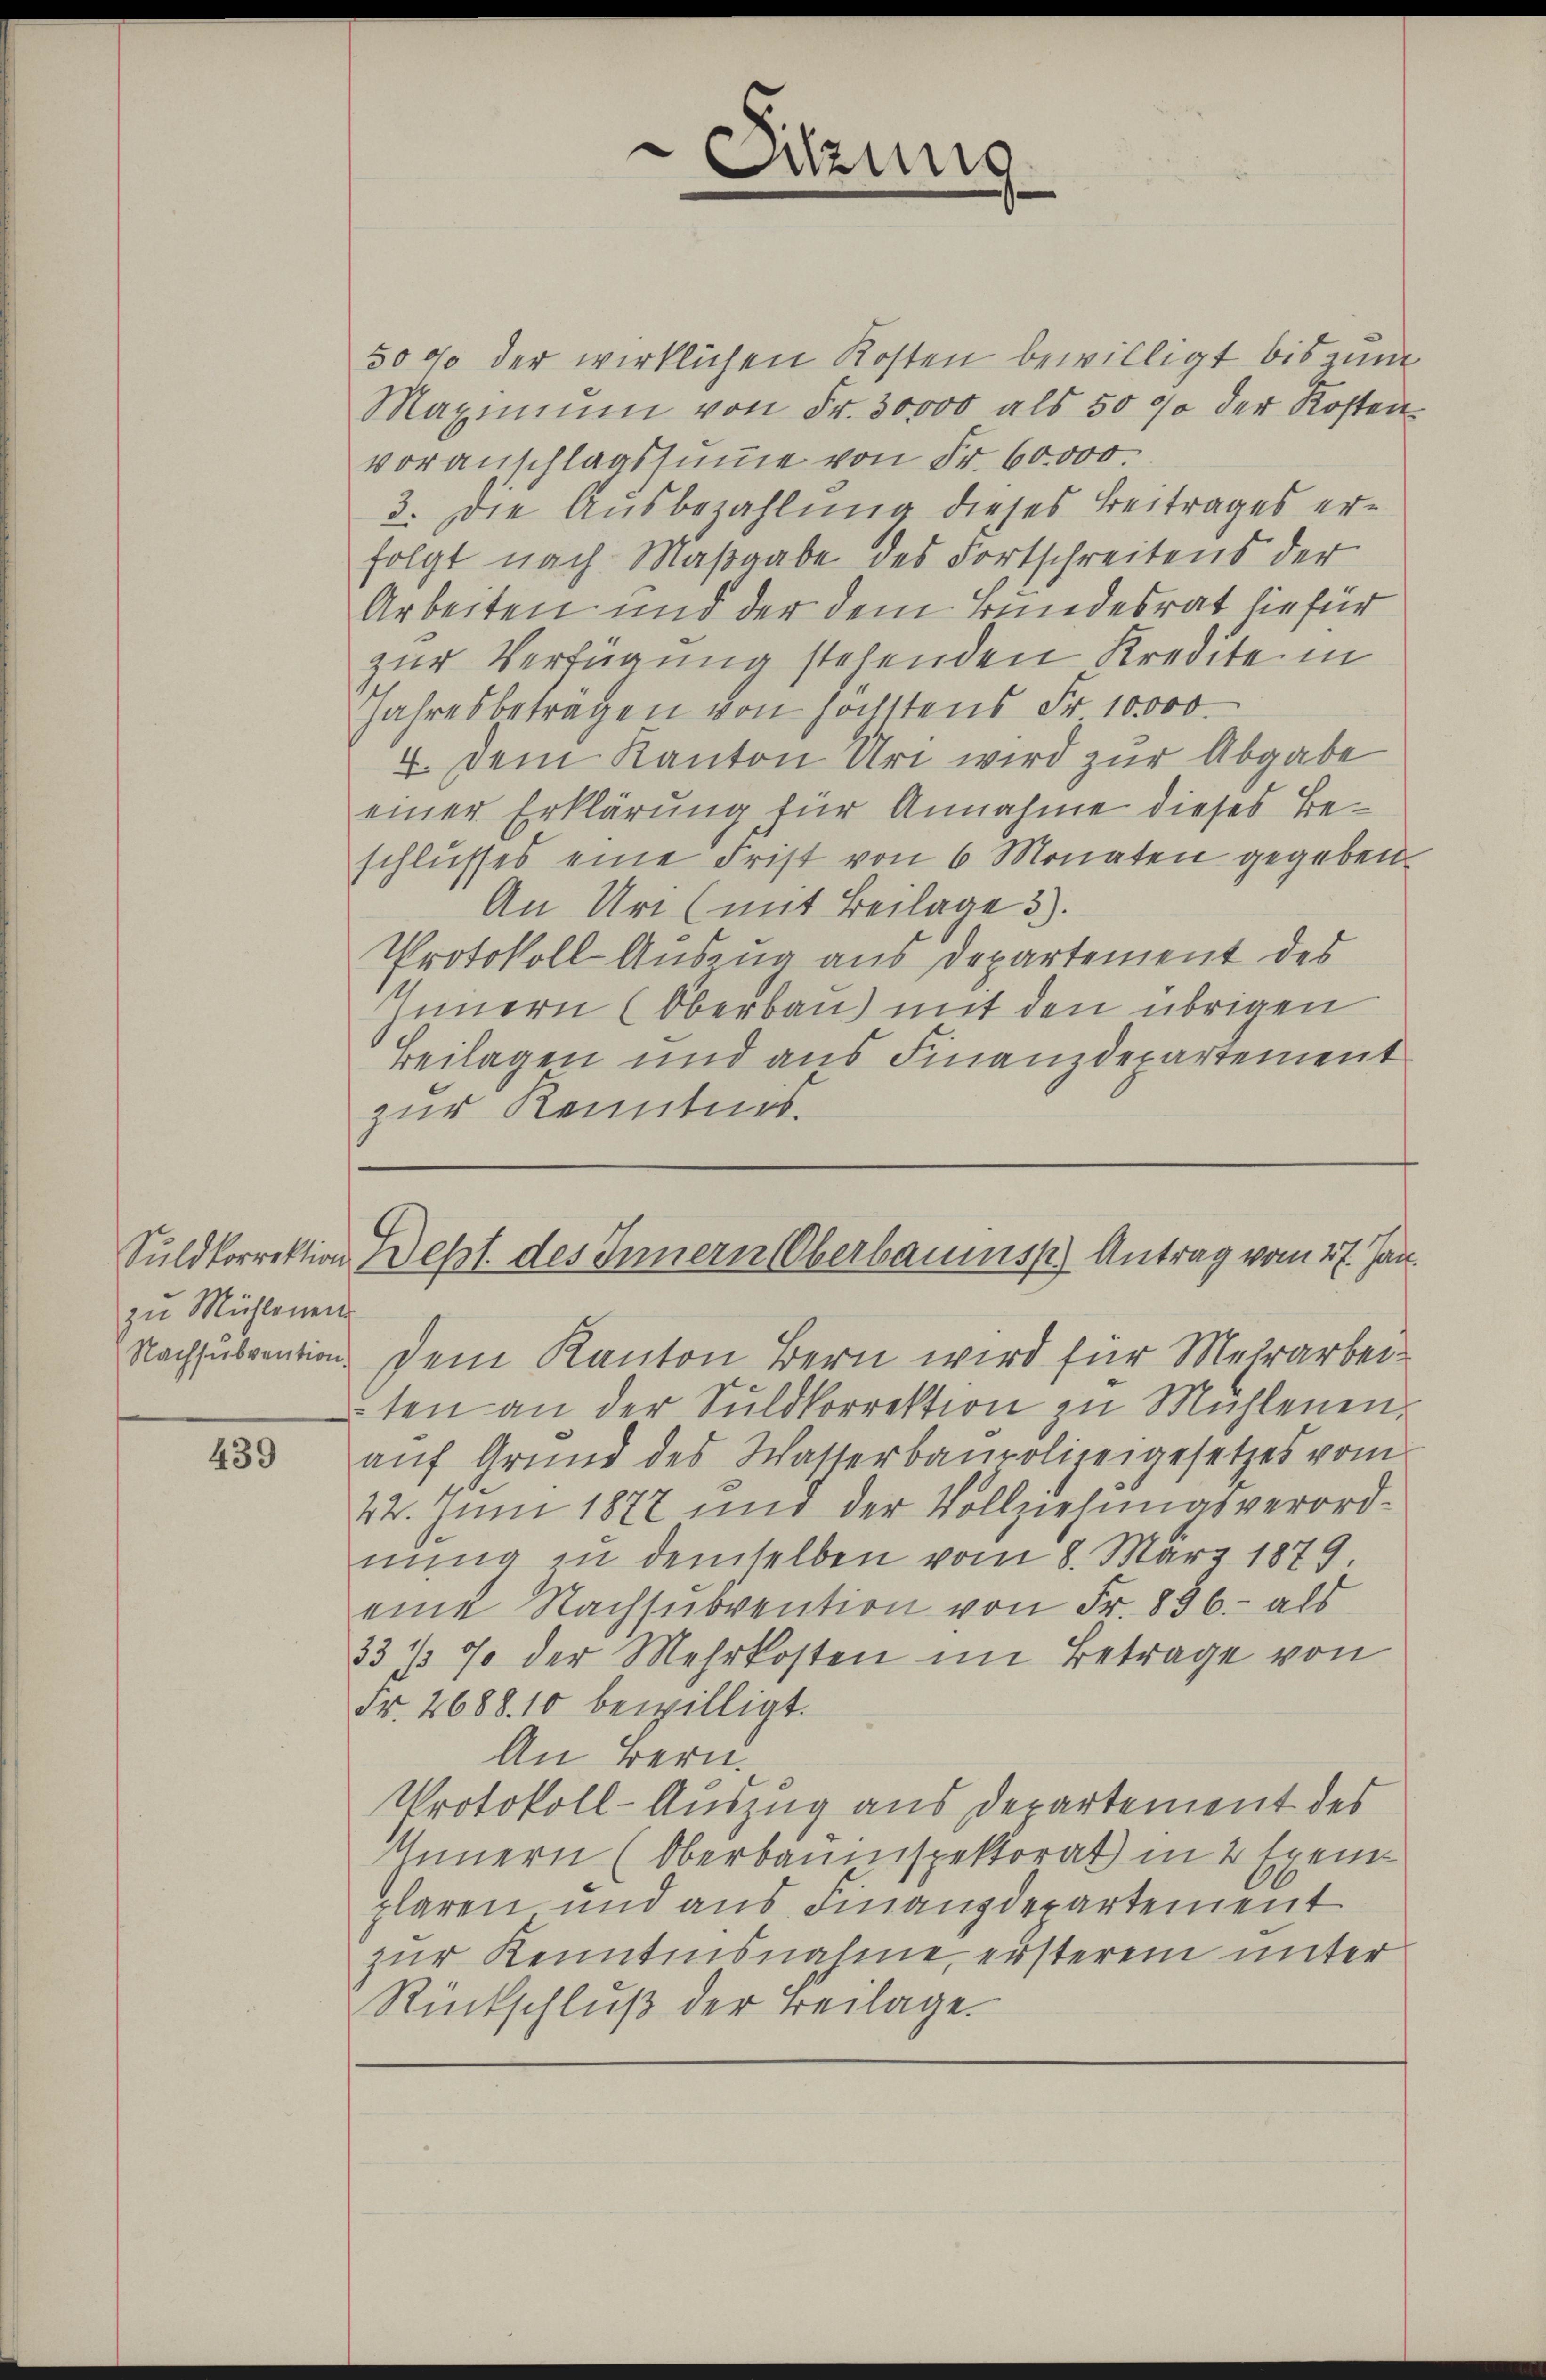
Suldkorrektion
zu Mühlenen

439

5000 der wirklichen Kosten bewilligt bis nun
Maximŭm von Fr. 30000 als 50 % der Kosten
voranschlagssumme von Fr. 60000.
3. Die Ausbezahlung dieses Beitrages erfolgt nach Maßgabe des Fortschreitens der
Arbeiten und der dem Bundesrat hiefür
zur Verfügung stehenden Kredite in
Jahresbetragen von höchstens Fr. 10000.
4. Dem Kanton Uri wird zur Abgabe
einer Erklärung für Annahme dieses Beschlusses eine Frist von 6 Monaten gegeben.
An Uri (mit Beilage 3).
Protokoll Auszug aus Departement des
Innern (Oberbau) mit den übrigen
Beilagen und aus Finanzdepartement
zur Kenntnis.
Dept des Innern Oberbaums) Antrag vom 27. Jan.
Nachsubvention dem Kanton Bern wird für Mehrarbeiten an der Sŭldkorrektion zu Mühlenen
aŭf Grŭnd des Wasserbaupolizeigesetzes vom
42. Juni 1872 und der Vollziehungsverordnung in demselben vom 8. März 1879
eine Nachsubvention von Fr. 856.- als
33 ½ % der Mehrkosten im Betrage von
Fr. 2688. 10 bewilligt.
An Bern.
Protokoll-Auszug aus Departement des
Innern (Oberbauinspektorat in 2 Exemplaren und aus Finanzdepartement
zur Kenntnisnahme, ersterem unter
Rückschluß der Beilage.

Sitzung